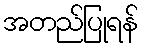
အတည်ပြုရန်